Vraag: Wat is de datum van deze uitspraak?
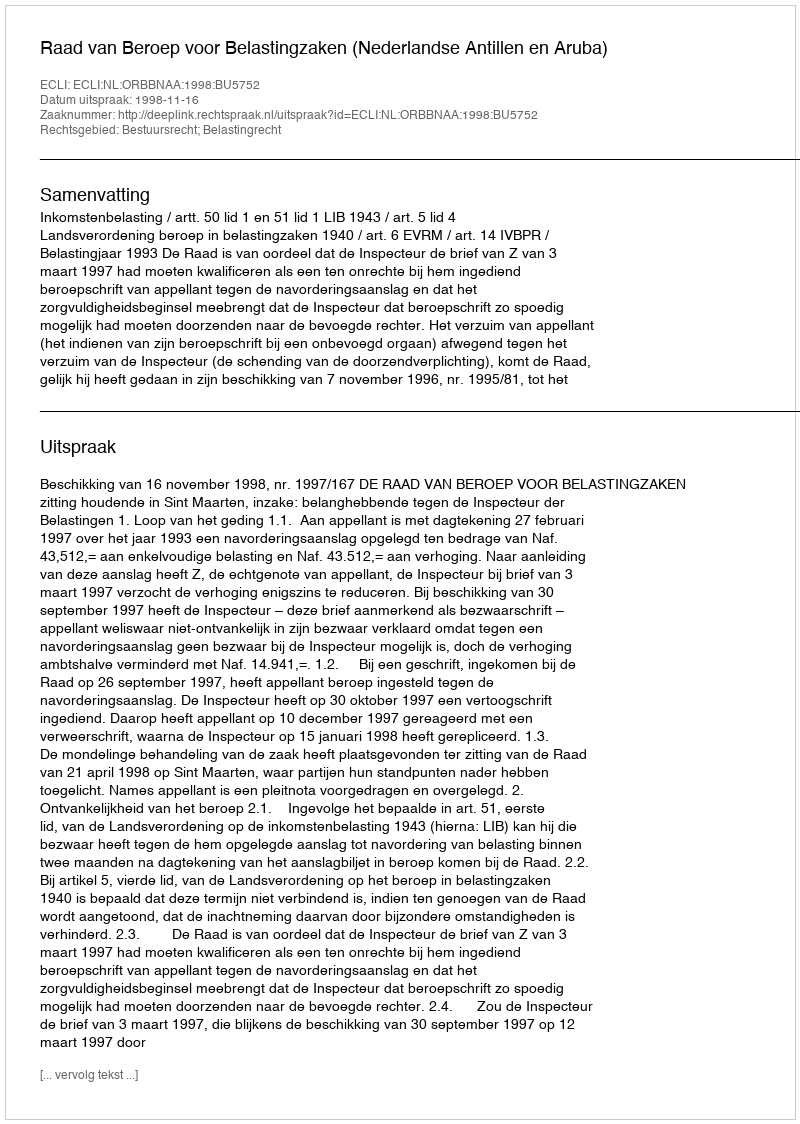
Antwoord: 1998-11-16